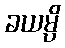
ခယမ္ပိ